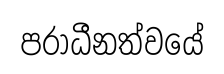
පරාධීනත්වයේ